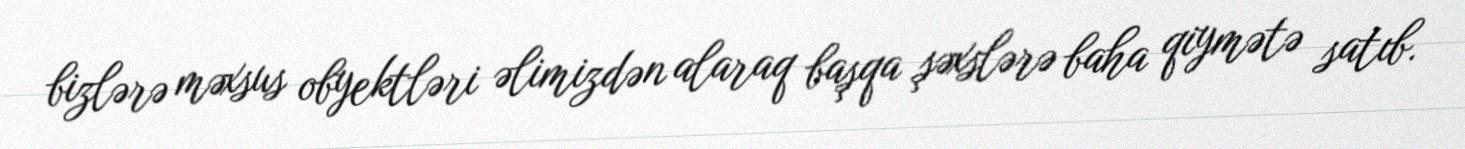
bizlərə məxsus obyektləri əlimizdən alaraq başqa şəxslərə baha qiymətə satıb.